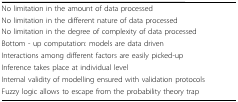
<table><thead><tr><td><b>No limitation in the amount of data processed</b></td></tr></thead><tbody><tr><td>No limitation in the different nature of data processed</td></tr><tr><td>No limitation in the degree of complexity of data processed</td></tr><tr><td>Bottom - up computation: models are data driven</td></tr><tr><td>Interactions among different factors are easily picked-up</td></tr><tr><td>Inference takes place at individual level</td></tr><tr><td>Internal validity of modelling ensured with validation protocols</td></tr><tr><td>Fuzzy logic allows to escape from the probability theory trap</td></tr></tbody></table>